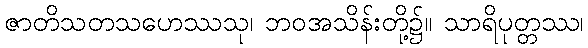
ဇာတိသတသဟေဿသု၊ ဘဝအသိန်းတို့၌။ သာရိပုတ္တဿ၊